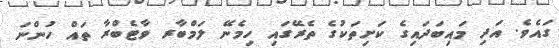
ގައެވެ. އަދި މައިބަދައިގެ ކަށިތަކުގެ ތެރޭގައި ހިމެނޭ ލަމްބާރ ވާޓެބްރާ ތައް ހުންނަ